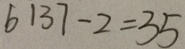
6 1 3 7 - 2 = 3 5